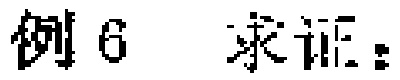
例6  求证：